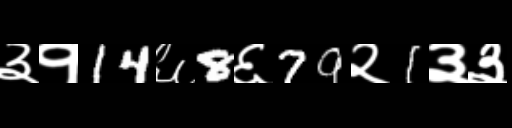
Text: ३१14६8६79२1३३